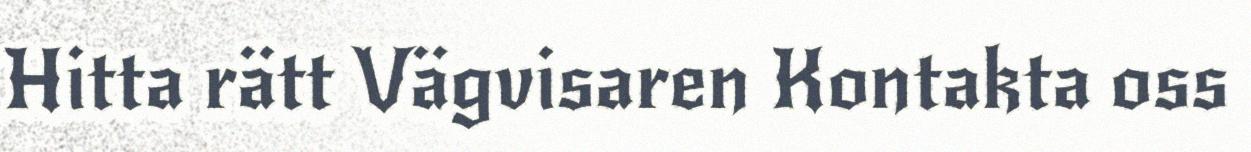
Hitta rätt Vägvisaren Kontakta oss